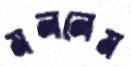
মললেম